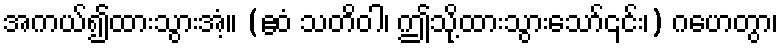
အကယ်၍ထားသွားအံ့။ (ဧဝံ သတိဝါ၊ ဤသို့ထားသွားသော်၎င်း၊) ဂဟေတွာ၊